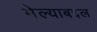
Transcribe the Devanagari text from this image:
मेल्याबद्दल